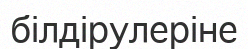
білдірулеріне